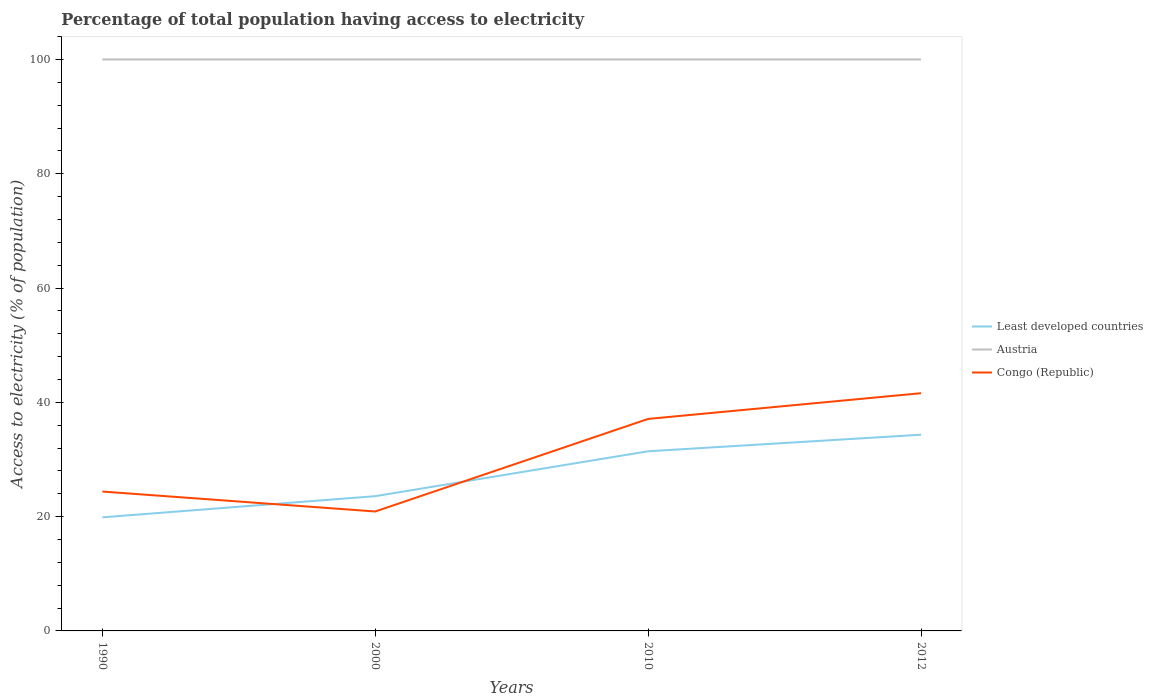
| Years | Least developed countries | Austria | Congo (Republic) |
 | --- | --- | --- | --- |
 | 1990 | 19.9 | 100 | 24.4 |
 | 2000 | 23.6 | 100 | 20.9 |
 | 2010 | 31.4 | 100 | 37.1 |
 | 2012 | 34.3 | 100 | 41.6 |